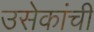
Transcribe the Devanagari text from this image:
उसेकांची